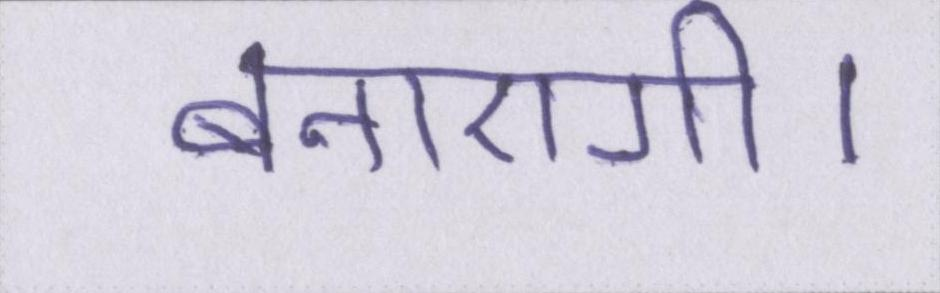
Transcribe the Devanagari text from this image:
बनाएगी।